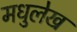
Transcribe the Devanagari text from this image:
मधुलेख